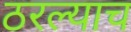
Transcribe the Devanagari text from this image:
ठरल्याच